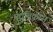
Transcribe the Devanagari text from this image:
मद्यविक्रीस